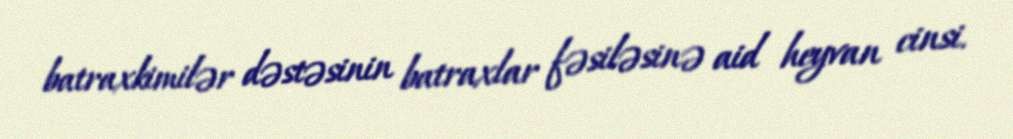
batraxkimilər dəstəsinin batraxlar fəsiləsinə aid heyvan cinsi.